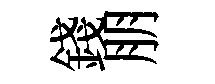
錢朋